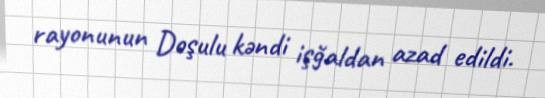
rayonunun Doşulu kəndi işğaldan azad edildi.